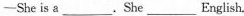
—She is a ___.She___English.